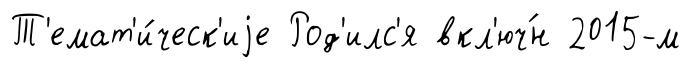
Т'емат'и́ческ'иjе Род'илс'я вкл'юч́н 2015-м